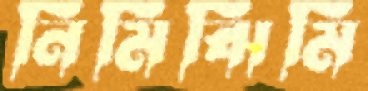
নিমিঝিমি